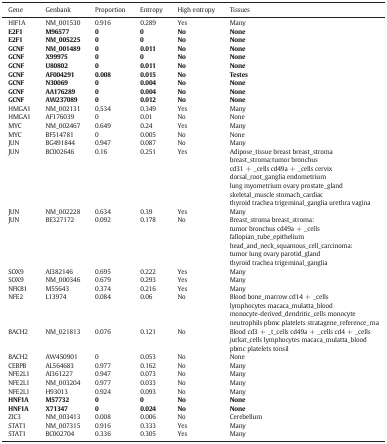
<table><thead><tr><td><b>Gene</b></td><td><b>Genbank</b></td><td><b>Proportion</b></td><td><b>Entropy</b></td><td><b>High entropy</b></td><td><b>Tissues</b></td></tr></thead><tbody><tr><td>HIF1A</td><td>NM_001530</td><td>0.916</td><td>0.289</td><td>Yes</td><td>Many</td></tr><tr><td><b>E2F1</b></td><td><b>M96577</b></td><td><b>0</b></td><td><b>0</b></td><td><b>No</b></td><td><b>None</b></td></tr><tr><td><b>E2F1</b></td><td><b>NM_005225</b></td><td><b>0</b></td><td><b>0</b></td><td><b>No</b></td><td><b>None</b></td></tr><tr><td><b>GCNF</b></td><td><b>NM_001489</b></td><td><b>0</b></td><td><b>0.011</b></td><td><b>No</b></td><td><b>None</b></td></tr><tr><td><b>GCNF</b></td><td><b>X99975</b></td><td><b>0</b></td><td><b>0</b></td><td><b>No</b></td><td><b>None</b></td></tr><tr><td><b>GCNF</b></td><td><b>U80802</b></td><td><b>0</b></td><td><b>0.011</b></td><td><b>No</b></td><td><b>None</b></td></tr><tr><td><b>GCNF</b></td><td><b>AF004291</b></td><td><b>0.008</b></td><td><b>0.015</b></td><td><b>No</b></td><td><b>Testes</b></td></tr><tr><td><b>GCNF</b></td><td><b>N30069</b></td><td><b>0</b></td><td><b>0.004</b></td><td><b>No</b></td><td><b>None</b></td></tr><tr><td><b>GCNF</b></td><td><b>AA176289</b></td><td><b>0</b></td><td><b>0.004</b></td><td><b>No</b></td><td><b>None</b></td></tr><tr><td><b>GCNF</b></td><td><b>AW237089</b></td><td><b>0</b></td><td><b>0.012</b></td><td><b>No</b></td><td><b>None</b></td></tr><tr><td>HMGA1</td><td>NM_002131</td><td>0.534</td><td>0.349</td><td>Yes</td><td>Many</td></tr><tr><td>HMGA1</td><td>AF176039</td><td>0</td><td>0.01</td><td>No</td><td>None</td></tr><tr><td>MYC</td><td>NM_002467</td><td>0.649</td><td>0.24</td><td>Yes</td><td>Many</td></tr><tr><td>MYC</td><td>BF514781</td><td>0</td><td>0.005</td><td>No</td><td>None</td></tr><tr><td>JUN</td><td>BG491844</td><td>0.947</td><td>0.087</td><td>No</td><td>Many</td></tr><tr><td>JUN</td><td>BC002646</td><td>0.16</td><td>0.251</td><td>Yes</td><td>Adipose_tissue breast breast_stroma breast_stroma:tumor bronchus cd31 + _cells cd49a + _cells cervix dorsal_root_ganglia endometrium lung myometrium ovary prostate_gland skeletal_muscle stomach_cardiac thyroid trachea trigeminal_ganglia urethra vagina</td></tr><tr><td>JUN</td><td>NM_002228</td><td>0.634</td><td>0.39</td><td>Yes</td><td>Many</td></tr><tr><td>JUN</td><td>BE327172</td><td>0.092</td><td>0.178</td><td>No</td><td>Breast_stroma breast_stroma:tumor bronchus cd49a + _cells fallopian_tube_epithelium head_and_neck_squamous_cell_carcinoma:tumor lung ovary parotid_gland thyroid trachea trigeminal_ganglia</td></tr><tr><td>SOX9</td><td>AI382146</td><td>0.695</td><td>0.222</td><td>Yes</td><td>Many</td></tr><tr><td>SOX9</td><td>NM_000346</td><td>0.679</td><td>0.293</td><td>Yes</td><td>Many</td></tr><tr><td>NFKB1</td><td>M55643</td><td>0.374</td><td>0.216</td><td>Yes</td><td>Many</td></tr><tr><td>NFE2</td><td>L13974</td><td>0.084</td><td>0.06</td><td>No</td><td>Blood bone_marrow cd14 + _cells lymphocytes macaca_mulatta_blood monocyte-derived_dendritic_cells monocyte neutrophils pbmc platelets stratagene_reference_rna</td></tr><tr><td>BACH2</td><td>NM_021813</td><td>0.076</td><td>0.121</td><td>No</td><td>Blood cd3 + _t_cells cd49a + _cells cd4 + _cells jurkat_cells lymphocytes macaca_mulatta_blood pbmc platelets tonsil</td></tr><tr><td>BACH2</td><td>AW450901</td><td>0</td><td>0.053</td><td>No</td><td>None</td></tr><tr><td>CEBPB</td><td>AL564683</td><td>0.977</td><td>0.162</td><td>No</td><td>Many</td></tr><tr><td>NFE2L1</td><td>AI361227</td><td>0.947</td><td>0.073</td><td>No</td><td>Many</td></tr><tr><td>NFE2L1</td><td>NM_003204</td><td>0.977</td><td>0.033</td><td>No</td><td>Many</td></tr><tr><td>NFE2L1</td><td>H93013</td><td>0.924</td><td>0.093</td><td>No</td><td>Many</td></tr><tr><td><b>HNF1A</b></td><td><b>M57732</b></td><td><b>0</b></td><td><b>0</b></td><td><b>No</b></td><td><b>None</b></td></tr><tr><td><b>HNF1A</b></td><td><b>X71347</b></td><td><b>0</b></td><td><b>0.024</b></td><td><b>No</b></td><td><b>None</b></td></tr><tr><td>ZIC3</td><td>NM_003413</td><td>0.008</td><td>0.006</td><td>No</td><td>Cerebellum</td></tr><tr><td>STAT1</td><td>NM_007315</td><td>0.916</td><td>0.333</td><td>Yes</td><td>Many</td></tr><tr><td>STAT1</td><td>BC002704</td><td>0.336</td><td>0.305</td><td>Yes</td><td>Many</td></tr></tbody></table>